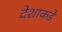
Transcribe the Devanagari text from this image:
देशाकडे